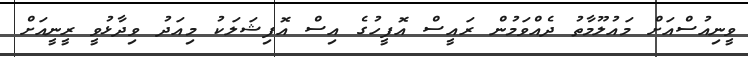
ވީނިއުސްއަށް މައުލޫމާތު ދެއްވަމުން ރައީސް އޮފީހުގެ އިސް އޮފިޝަލަކު މިއަދު ވިދާޅުވީ ރީނީއަށް